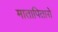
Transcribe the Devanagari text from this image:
मातापितासे